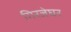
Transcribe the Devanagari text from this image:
गिरजेघर